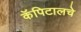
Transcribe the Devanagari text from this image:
कॅपिटालचे